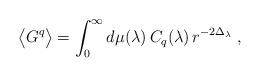
LaTeX: \begin{align*}\big\langle G^q \big\rangle = \int_0^\infty d\mu(\lambda)\, C_q(\lambda) \, r^{-2\Delta_\lambda} \;, \end{align*}